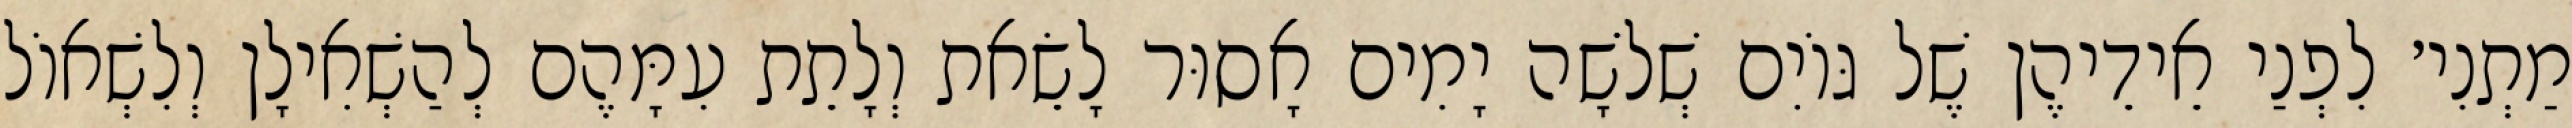
מַתְנִי׳ לִפְנַי אֵידֵיהֶן שֶׁל גּוֹיִם שְׁלֹשָׁה יָמִים אָסוּר לָשֵׂאת וְלָתֵת עִמָּהֶם לְהַשְׁאִילָן וְלִשְׁאוֹל